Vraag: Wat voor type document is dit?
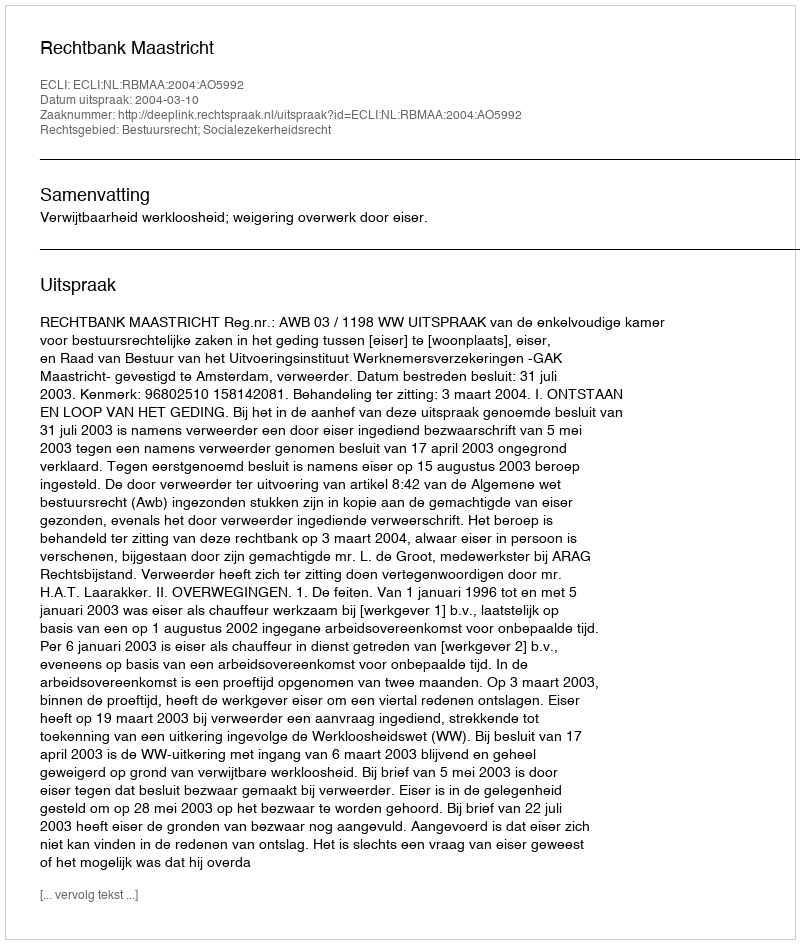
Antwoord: Uitspraak